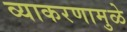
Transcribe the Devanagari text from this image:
व्याकरणामुळे